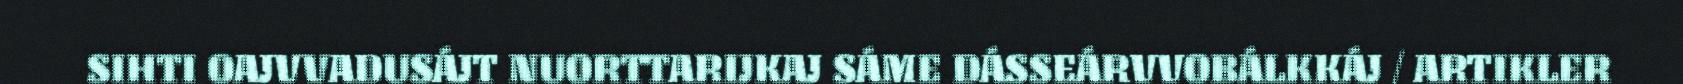
SIHTI OAJVVADUSÁJT NUORTTARIJKAJ SÁME DÁSSEÁRVVOBÁLKKÁJ / ARTIKLER